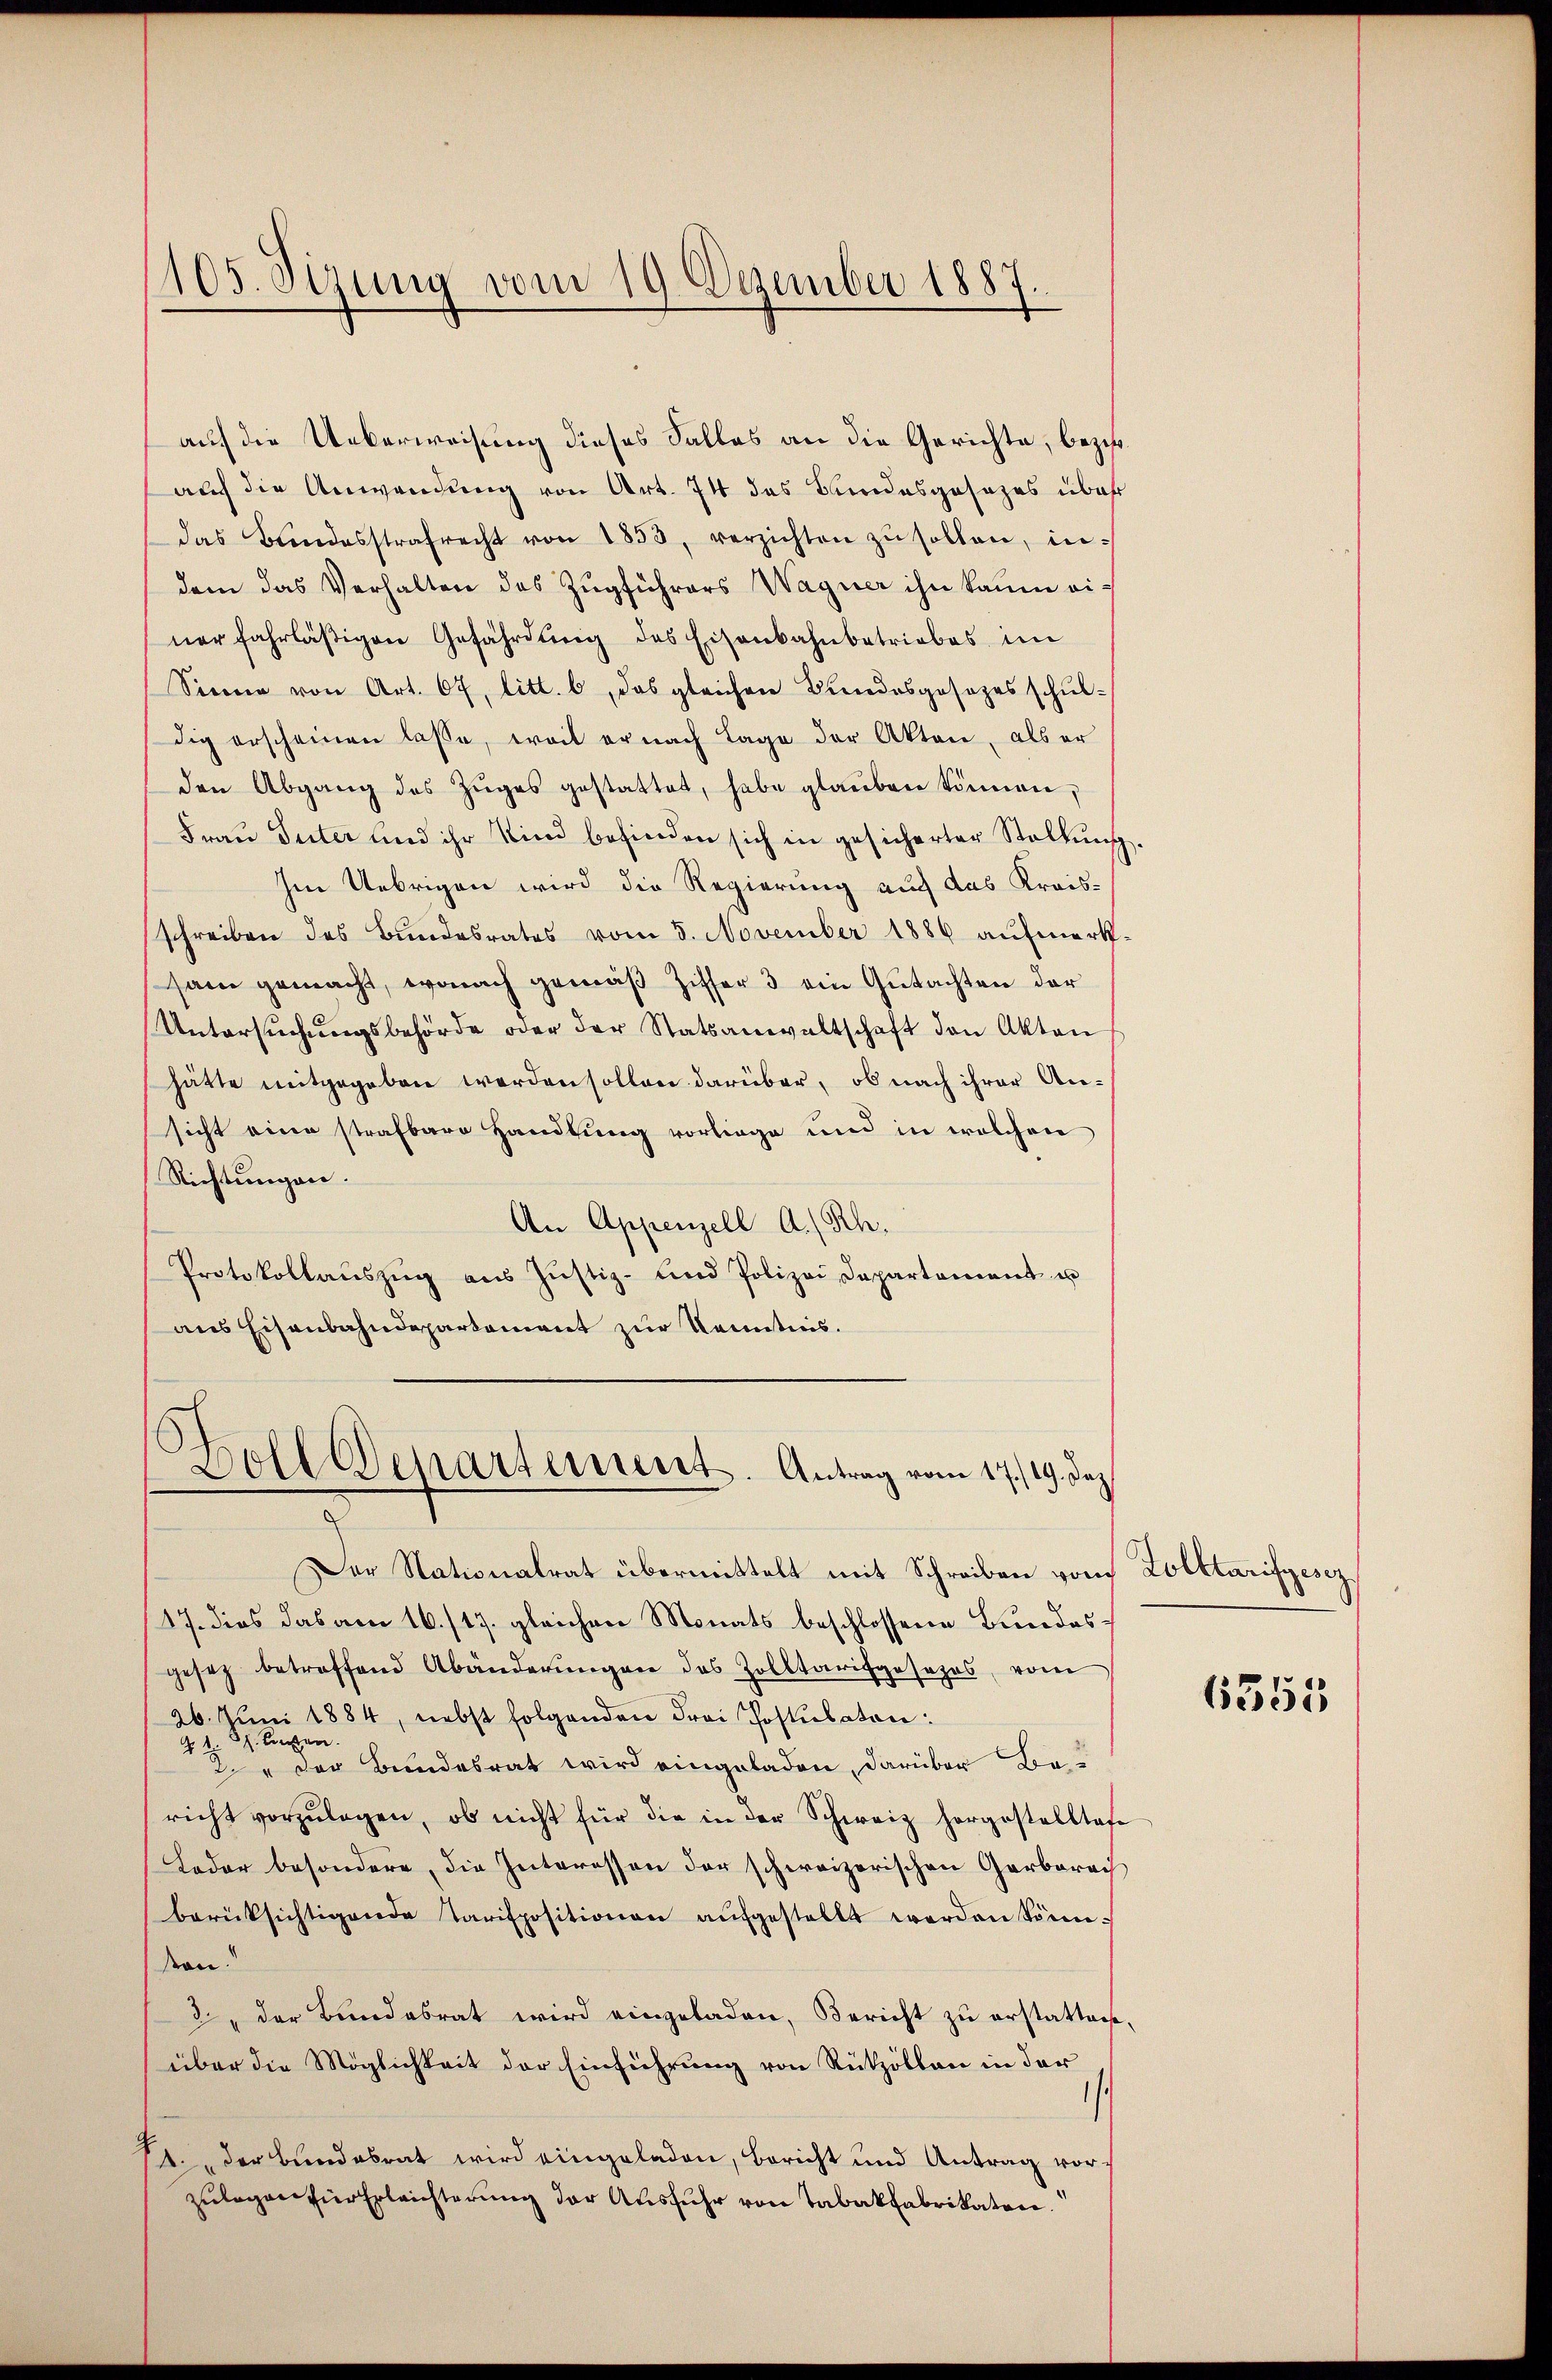
105. Sizung vom 19. Dezember 1887.
e

auf die Ueberweisung dieses Salles an die Gerichte, bezir
auch die Anwendung von Art. 74 das Bundesgesezes über
das Bundesstrafrecht von 1853, verzichten zŭ sollen, in-
dem das Verhalten des Zugführers Wagner ihn kaum einerfahrlässigen Gefährdung des Eisenbahnbetriebes im
Sinne von Art. 67, litt. b, das gleichen Bundesgesezes schŭl-
dig erscheinen lasse, weil er nach Lage der Akten, als er
den Abgang des Zŭges gestattet, habe glaŭben können,
Frau Suter und ihr Kind befinden sich in gesicherter Stellung
Im Uebrigen wird die Regierung auch das Kreisschreiben des Bundesrates vom 5. November 1886 aŭfmerk-
sam gemacht, wonach gemäß Ziffer 3 ein Gutachten der
Untersŭchŭngsbehörde oder der Statsanwaltschaft den Akten
hätte mitgegeben werden sollen darüber, ob nach ihrer An-
sicht eine strafbare Handlung vorliege und in welchen
Richtungen.
An Appenzell A.-Rh.
Protokollaŭszŭg aŭs Jŭstiz- und Polizei Departement u
aus Eisenbahndepartement zur Kenntnis.

Boll Departement. Antrag vom 17./19. dez.
7

Der Nationalrat übermittelt mit Schreiben von Zolltarifgeser
17. dies das am 16./17. gleichen Monats beschlossene Bundesgesetz betreffend Abänderŭngen des Zolltarifgesezes, vom
26. Juni 1884, nebst folgenden Frei Postulaten:
3. Konzen.
22
2." Der Bundesrat wird eingeladen, darüber Bericht vorzŭlegen, ob nicht für die in der Schweiz hergestelltese
Loder besondere, die Interesson der schweizerischen Garbarach
berücksichtigende Tarispositionen aŭfgestellt werden könn.
dean
2., der Bundesrat wird eingeladen, Bericht zu erstatten,
über die Möglichkeit der Einführung von Rükzöllen in der
¬
/A. der Bund abrat wird eingeladen, bericht und Antrag vorzulegen für Erleichterung der Ausfuhr von Tabakfabrikaten.

.
6355